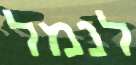
לנמל